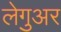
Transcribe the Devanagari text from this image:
लेगुअर